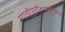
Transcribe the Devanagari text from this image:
मातीपरीक्षणानुसार